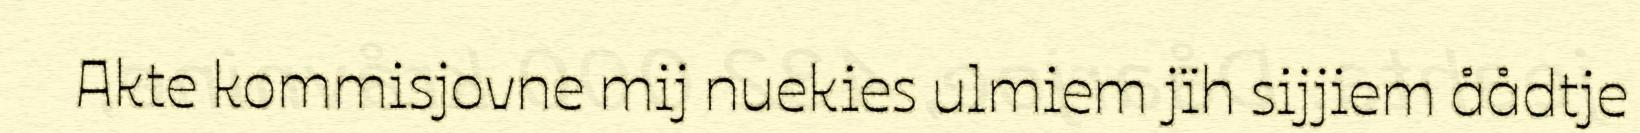
Akte kommisjovne mij nuekies ulmiem jïh sijjiem åådtje